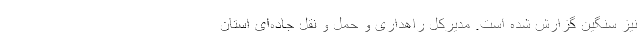
نیز سنگین گزارش شده است. مدیرکل راهداری و حمل و نقل جاده‌ای استان